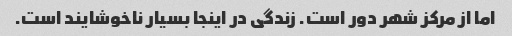
اما از مرکز شهر دور است. زندگی در اینجا بسیار ناخوشایند است.